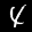
Label: 4